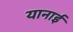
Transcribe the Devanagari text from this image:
यानाई